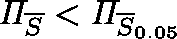
\mathit { \Pi } _ { \overline { { S } } } < \mathit { \Pi } _ { \overline { { S } } _ { 0 . 0 5 } }